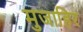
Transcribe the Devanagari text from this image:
मुजाहिर